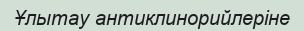
Ұлытау антиклинорийлеріне